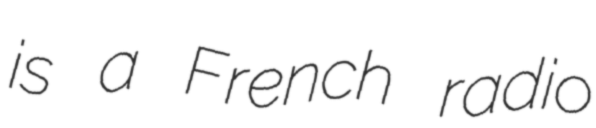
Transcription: is a French radio